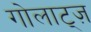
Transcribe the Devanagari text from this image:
गोलाट्ज़